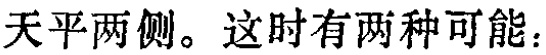
天平两侧。这时有两种可能：